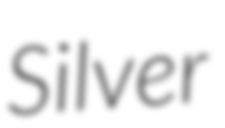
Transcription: Silver